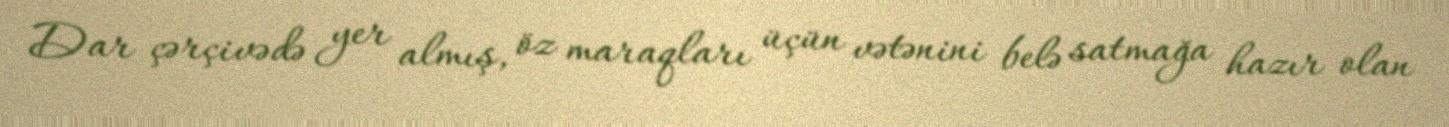
Dar çərçivədə yer almış, öz maraqları üçün vətənini belə satmağa hazır olan